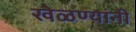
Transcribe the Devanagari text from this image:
खेळण्यांनी